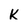
Character: K